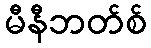
မီနီဘတ်စ်